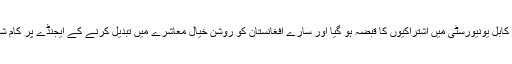
ایک وقت آیا کہ کابل یونیورسٹی میں اشتراکیوں کا قبضہ ہو گیا اور سارے افغانستان کو روشن خیال معاشرے میں تبدیل کرنے کے ایجنڈے پر کام شروع کر دیا گیا۔